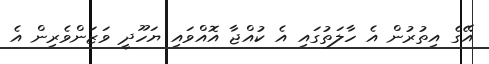
އޭގެ އިތުރުން އެ ހާލަތުގައި އެ ކުއްޖާ އޮއްވައި ޔަހޫދީ ވަޒަންވެރިން އެ